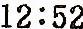
12:52